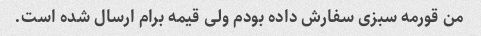
من قورمه سبزی سفارش داده بودم ولی قیمه برام ارسال شده است.